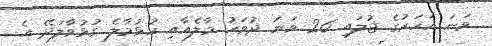
ވަނަ އަހަރުގެ ޖުލައި 26 ވަނަ ދުވަހު މާލެއާއި ހުޅުމާލެ ގުޅުވާލަދޭ އެ